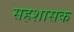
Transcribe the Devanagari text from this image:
सहशासक